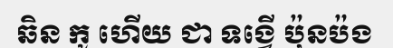
ឆិន កូ ហើយ ជា ទង្វើ ប៉ុនប៉ង